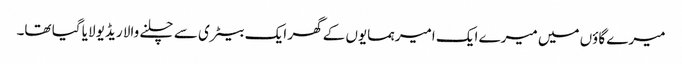
میرے گاؤں میں میرے ایک امیر ہمسایوں کے گھر ایک بیٹری سے چلنے والا ریڈیو لایا گیا تھا۔